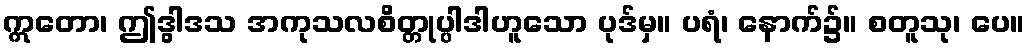
ဣတော၊ ဤဒွါဒသ အကုသလစိတ္တုပ္ပါဒါဟူသော ပုဒ်မှ။ ပရံ၊ နောက်၌။ စတူသု၊ ပေ။